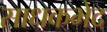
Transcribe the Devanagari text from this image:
साधकभेद